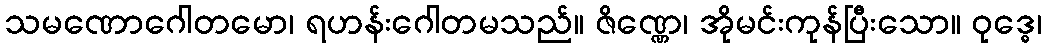
သမဏောဂေါတမော၊ ရဟန်းဂေါတမသည်။ ဇိဏ္ဏေ၊ အိုမင်းကုန်ပြီးသော။ ဝုဒ္ဓေ၊